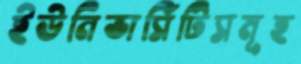
ইউনিভার্সিটিসমূহ